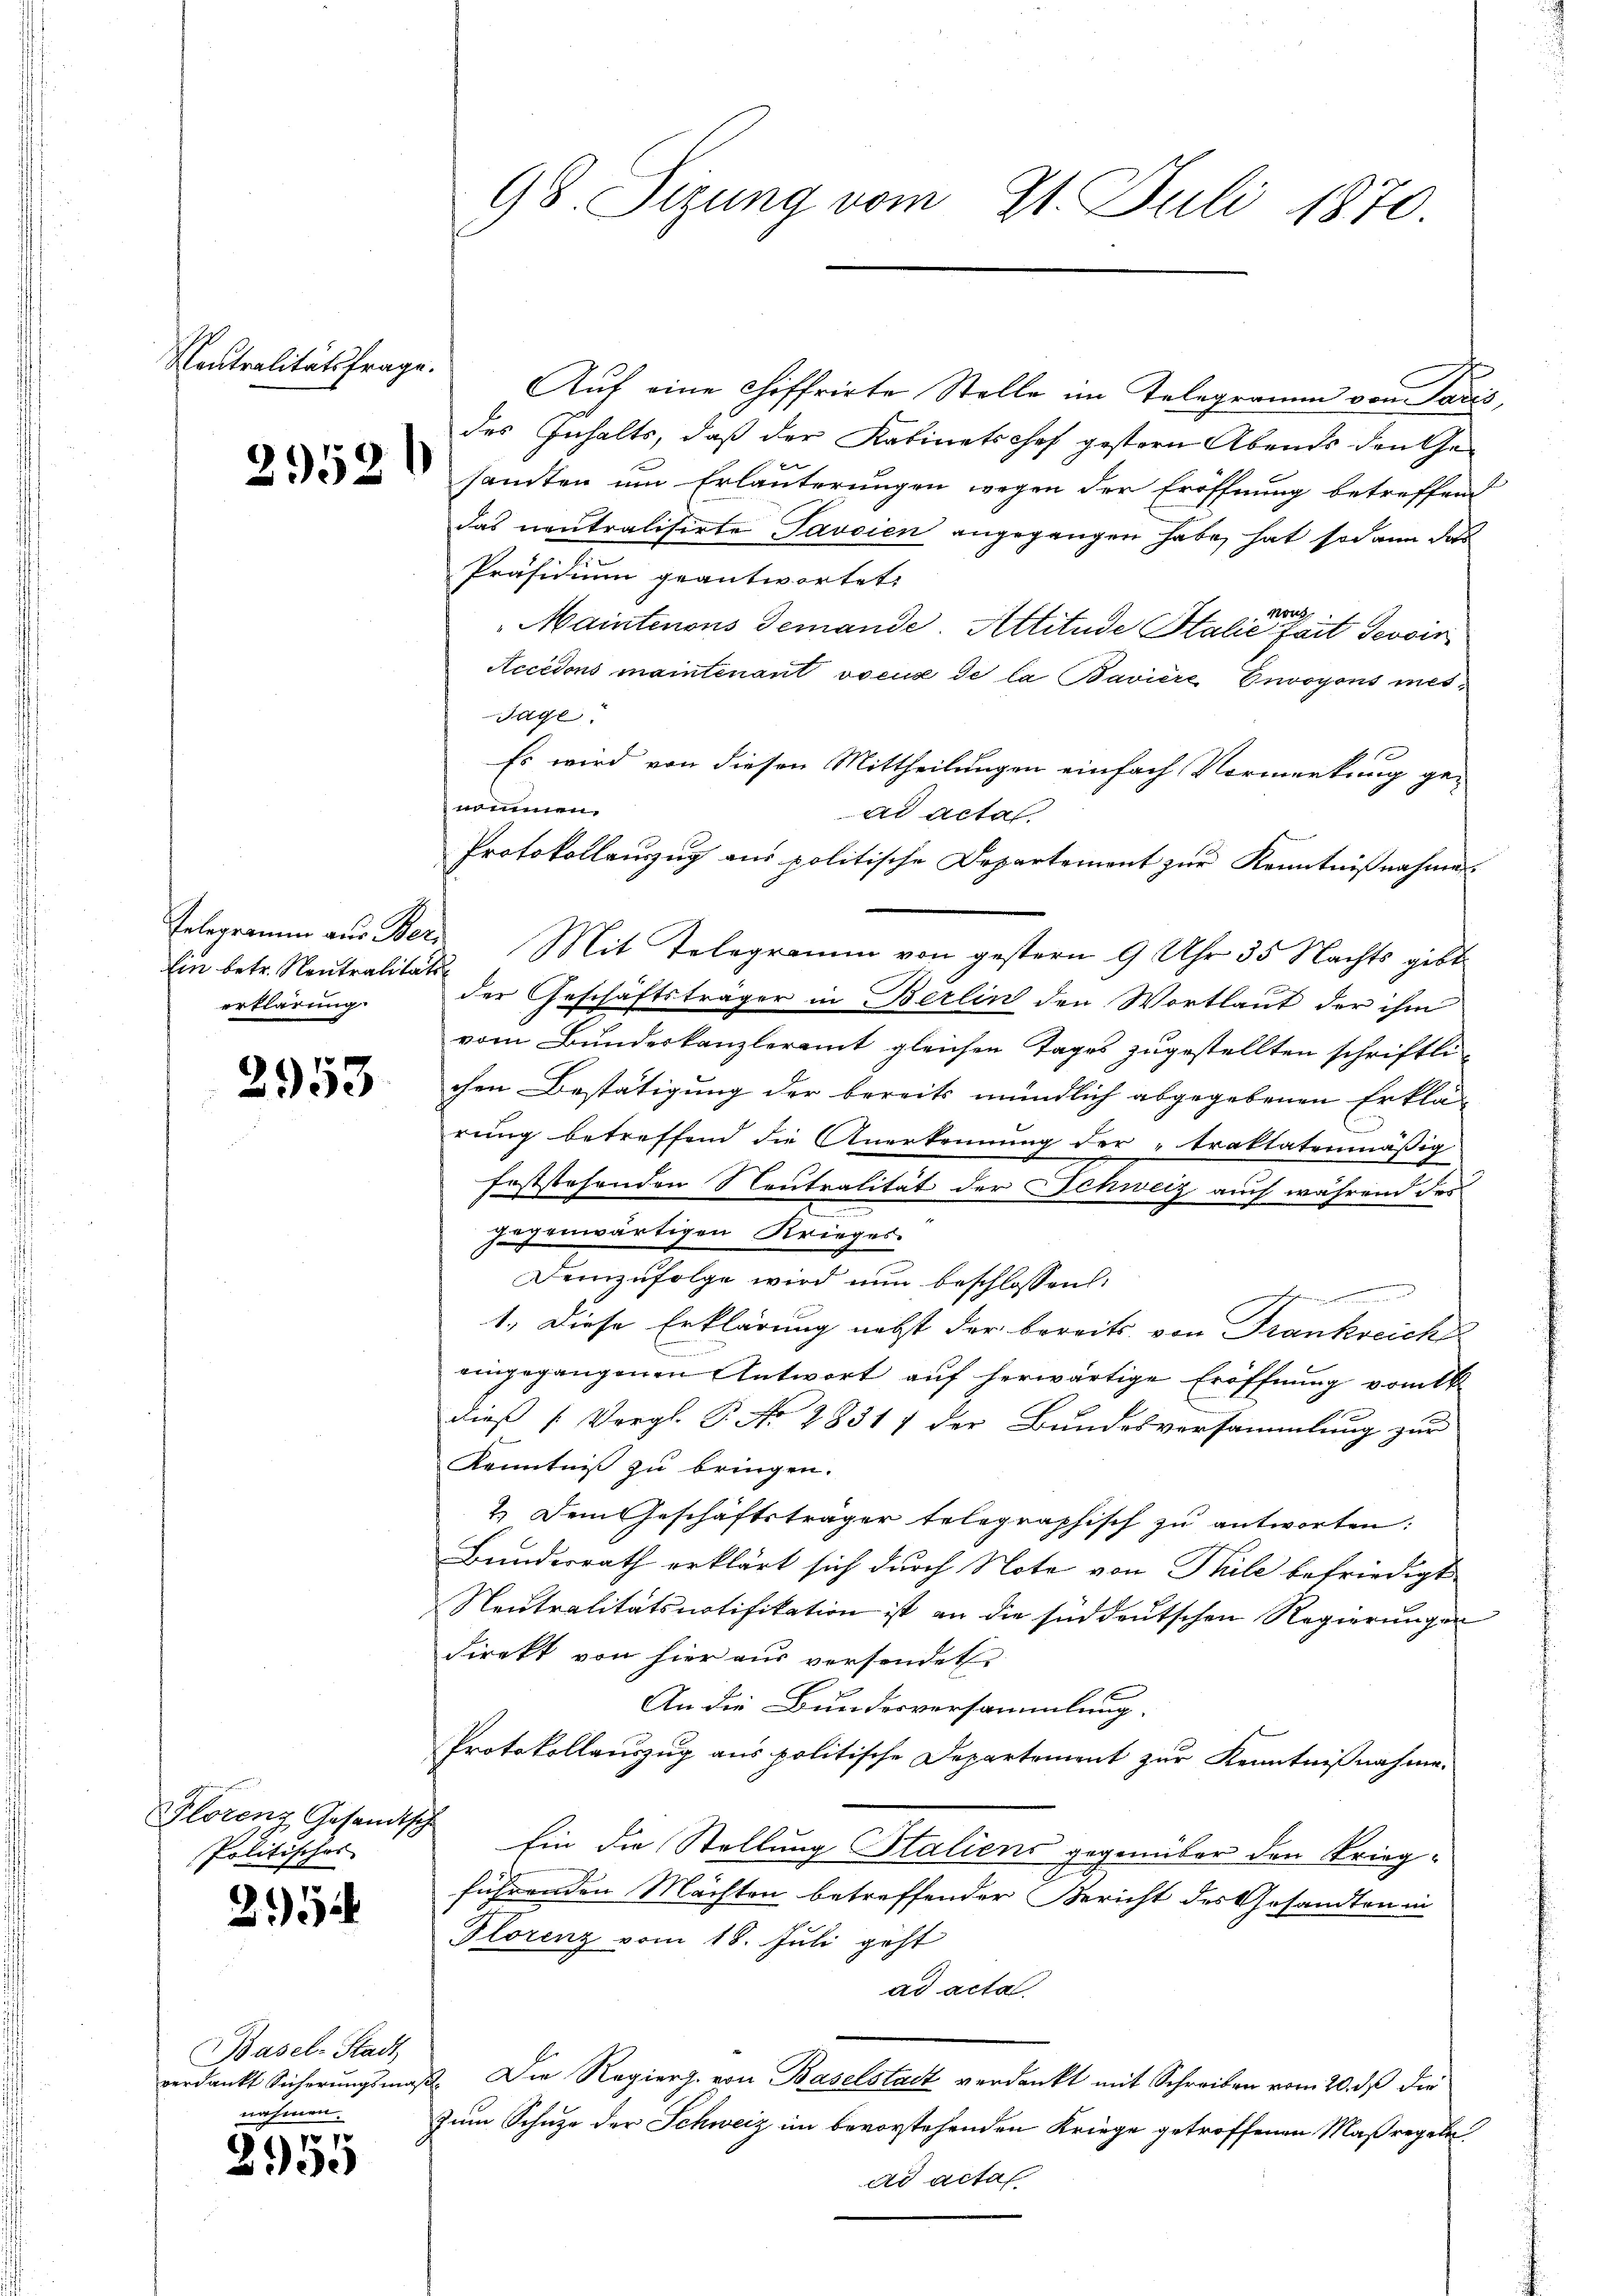
Neutralitätsfrage.

2952

Ein betr. Neutralitäts
erklärung.

2953

Florenz Gesandtsch
Politisches

2152

Basel-Stadt
verdankt Sicherungsmadeckt wie

101
2.30

98. Sizung vom 21. Juli 1870.

Auf eine Chiffrirte Stelle im Telegramm von Paris,
des Inhalts, daß der Kabinetschef gestern Abends den Ge
sandten um Erläuterungen wegen der Eröffnung betreffend
das neutralisirte Javaien angegangen habe, hat sodann das
Präsidium geantwortet:
Noug
Maintenons Gemande. Attitude Stalie fait Jevoir
Accedons maintenant voeux de la Baviere Envoyens mes¬
Tage.
Es wird von diesen Mittheilungen einfach Vormerkung gead acta.
Protokollauszug aus politische Departement zur Kenntnißnahmes
Telegramm aus Bern Mit Telegramm von gestern 9 Uhr 35 Nachts gibt.
vom Bundeskanzleramt gleichen Tages zugestellten schriftlichen Bestätigung der bereits mündlich abgegebenen Erklär
E
rung betreffend die Anerkennung der „traktatenmäßig
feststehenden Neutralität der Schweiz auch während des
zogenwärtigen Krieges.
Demzufolge wird nun beschlossen:
shenen, der einen in werd
1.) Diese Erklärung nebst der bereits von Frankreich
eingegangenen Antwort auf herwärtige Eröffnung vom 1
dieß (Vergl. P. No 28317 der Bundesversammlung zur
Kenntniß zu bringen.
2.) Dem Geschäftsträger telegraphisch zu antworten:
Bundesrath erklärt sich durch Note von Thile befriedigt
Neutralitätsnotifikation ist an die süddeutschen Regierungen
direkt von hier aus versendet
An die Bundesversammlung.
Protokollauszug aus politische Departement zur Kenntnißnahme.
ich
Ein die Stellung Staliens gegenüber den Kriegführenden Mächten betreffender Bericht des Gesandten in
Plorenz vom 18. Juli geht
ad acta
2. Die Regiers. von Baselstadt verdankt mit Schreiben vom 20. ds die
Zum Schuze der Schweiz im bevorstehenden Kriege getroffenen Maßregeln
ad actas.

nommen.

der Geschäftsträger in Berlin den Wortlaut der ihm